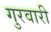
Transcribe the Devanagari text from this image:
गुरवारी